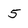
Character: 5